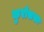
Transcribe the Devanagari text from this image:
कुरोसखा